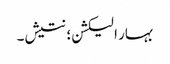
بہار الیکشن؛ نتیش۔